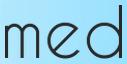
med